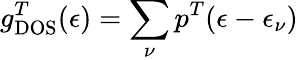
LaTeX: g_{\mathrm{DOS}}^{T}(\epsilon)=\sum_{\nu}p^{T}(\epsilon-\epsilon_{\nu})